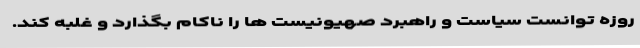
روزه توانست سیاست و راهبرد صهیونیست ها را ناکام بگذارد و غلبه کند.